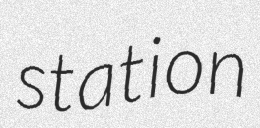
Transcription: station